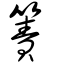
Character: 簀